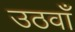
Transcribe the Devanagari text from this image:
उठवाँ